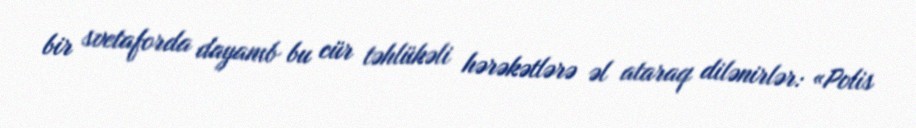
bir svetaforda dayanıb bu cür təhlükəli hərəkətlərə əl ataraq dilənirlər: «Polis